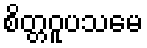
စိတ္တဝူပသမေ